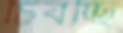
চিবচ্ছি